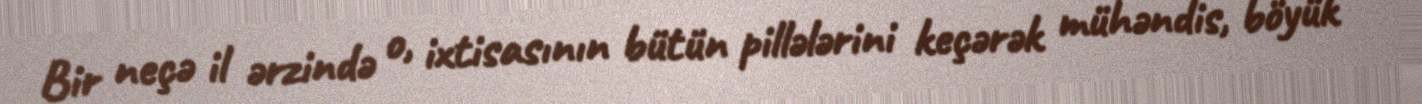
Bir neçə il ərzində o, ixtisasının bütün pillələrini keçərək mühəndis, böyük